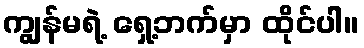
ကျွန်မရဲ့ ရှေ့ဘက်မှာ ထိုင်ပါ။